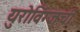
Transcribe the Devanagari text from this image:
युरोविंग्जची